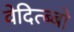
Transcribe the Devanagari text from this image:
वेदित्ब्बो